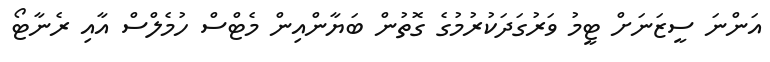
އަންނަ ސީޒަނަށް ޓީމު ވަރުގަދަކުރުމުގެ ގޮތުން ބަޔާންއިން މެޓްސް ހުމެލްސް އާއި ރެނާޓޯ